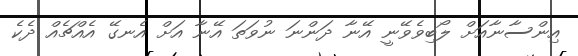
އިންސާނާއަށް ލޯބިވެވޭނީ އޭނާ ދަންނަ ނުވަތަ އޭނާ އަށް އެނގޭ އެއްޗެއް ދެކެ